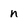
Character: n